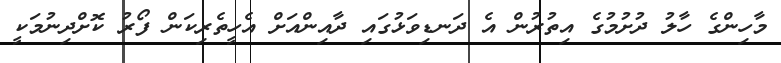
މާހިންގެ ހާލު ދުށުމުގެ އިތުރުން އެ ދަނޑިވަޅުގައި ދާއިންއަށް އެހީތެރިކަން ފޯރު ކޮށްދިނުމަކީ